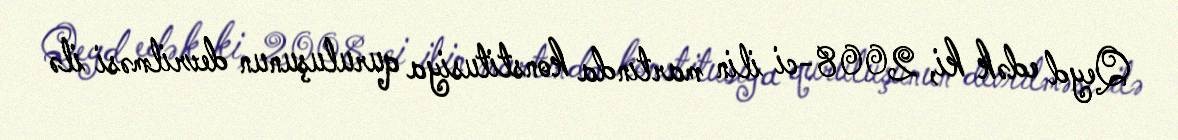
Qeyd edək ki, 2008-ci ilin martında konstitusiya quruluşunun devrilməsi ilə